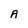
Character: A